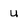
Character: u